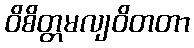
ဝိစိတ္တမလျဝိတတာ